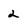
Character: 2